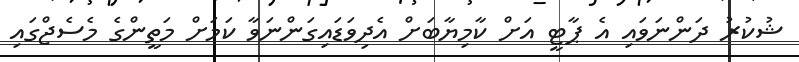
ޝުކުރު ދަންނަވައި އެ ޕާޓީ އަށް ކާމިޔާބަށް އެދިވަޑައިގަންނަވާ ކަމަށް މަތީންގެ މެސެޖްގައި